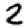
Digit: 2